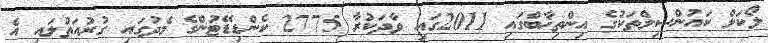
ލޯކަލް ކައުންސިލްތަކުގެ އިންތިޚާބްގައި 2011ގައި ވާދަކުރާ 2775 ކެންޑިޑޭޓުންގެ މެދުގައި ގުރުއަތުލައި އެ